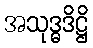
အသုဒ္ဓဒိဋ္ဌိ